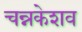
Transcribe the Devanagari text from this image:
चन्नकेशव